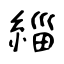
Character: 緇